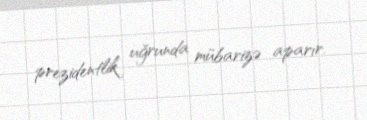
prezidentlik uğrunda mübarizə aparır.